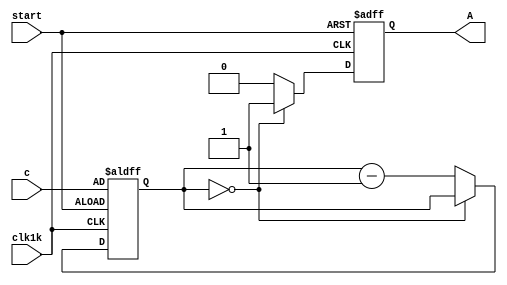
module DownCounter(c,start,clk1k,A);
	input [11:0]c;
	input start, clk1k;
	output reg A;
	//Declare all inputs and output.
	
	reg [11:0]count;
	//Declare the counter register.
	
	initial
		A = 0;
	//Initialize A to be off.
	
	always@(posedge clk1k, posedge start) begin
		if (start) begin
			count[11:0] <= c[11:0];
			A <= 1'b0;
		end
		//When the button is pressed,
		//set the down count value to
		//the inputed value.
		
		else begin
			if (count == 12'b000000000000)
				A <= 1'b1;
			//If the counter is done counting
			//down, output a 1.
			
			else begin
				count <= count - 1'b1;
				A <= 1'b0;
			end
			//If the counter is not done counting
			//down, output a 0 and decrement the
			//count register by 1.
		end
	end
	
endmodule